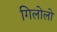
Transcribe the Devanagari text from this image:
गिलोलो